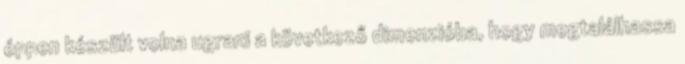
éppen készült volna ugrani a következő dimenzióba, hogy megtalálhassa